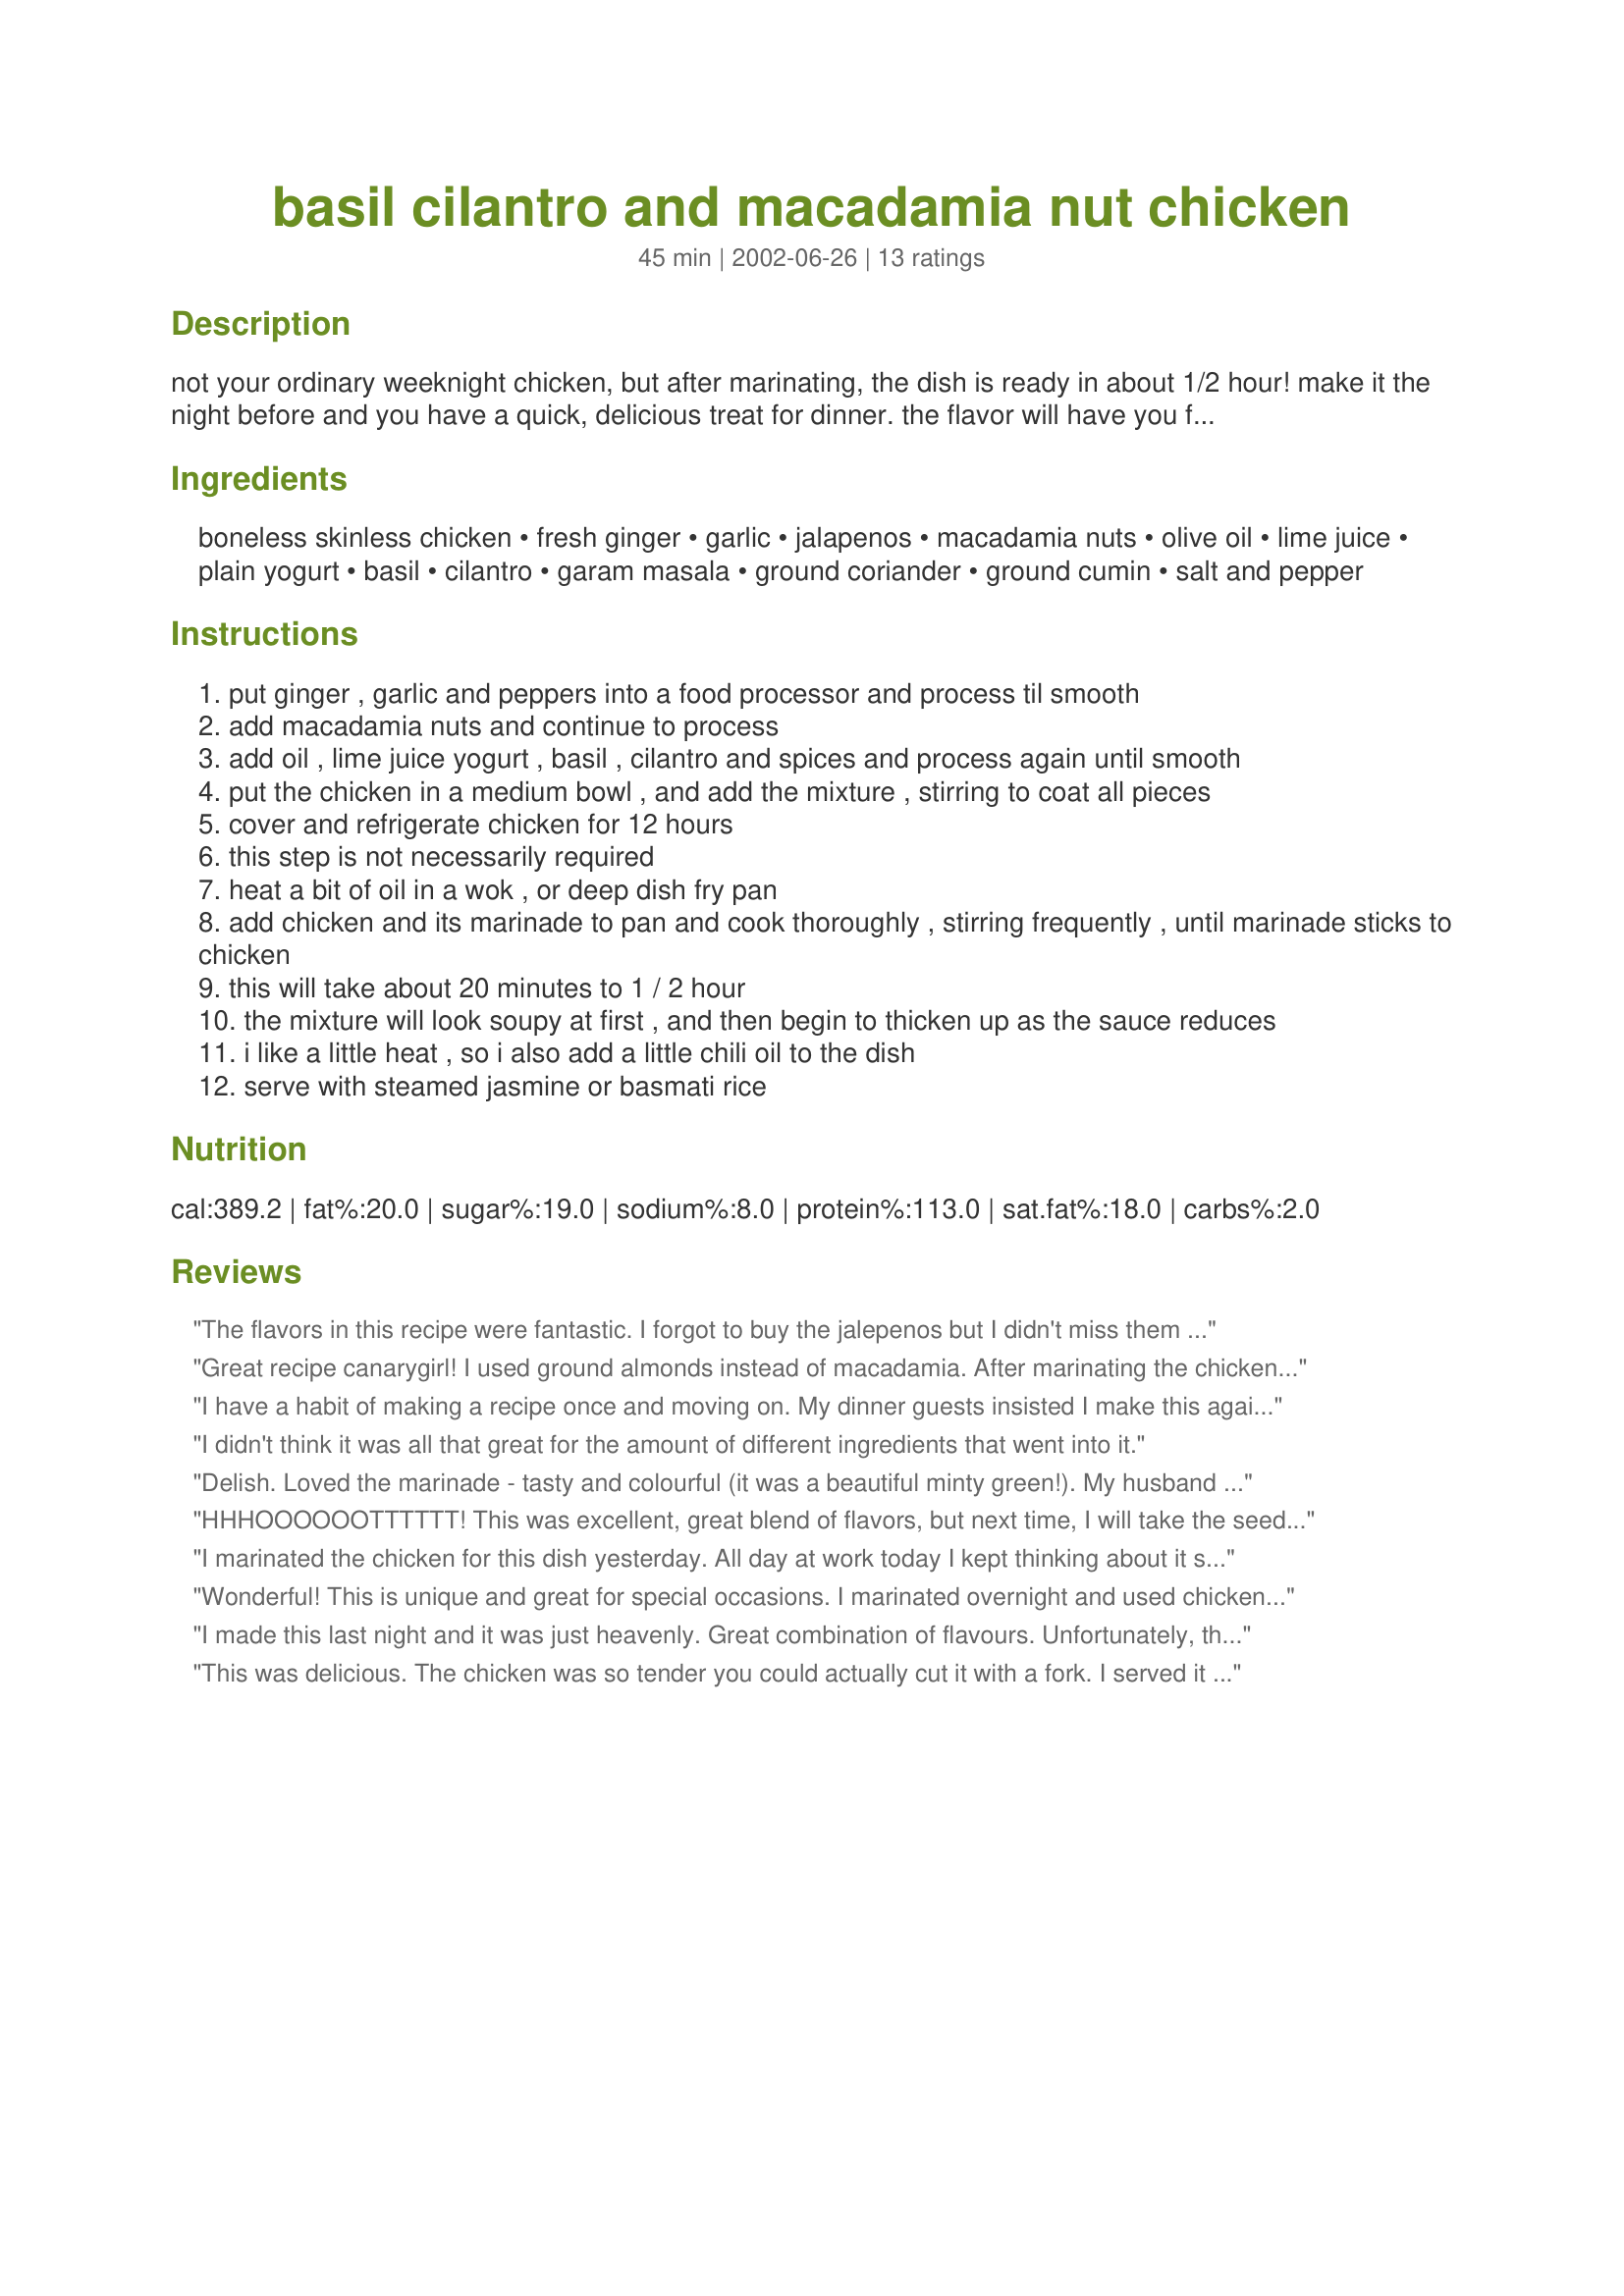
basil cilantro and macadamia nut chicken
Preparation time: 45 minutes

not your ordinary weeknight chicken, but after marinating, the dish is ready in about 1/2 hour! make it the night before and you have a quick, delicious treat for dinner. the flavor will have you filling your plate again and again.

Ingredients:
boneless skinless chicken, fresh ginger, garlic, jalapenos, macadamia nuts, olive oil, lime juice, plain yogurt, basil, cilantro, garam masala, ground coriander, ground cumin, salt and pepper

Steps:
put ginger , garlic and peppers into a food processor and process til smooth
add macadamia nuts and continue to process
add oil , lime juice yogurt , basil , cilantro and spices and process again until smooth
put the chicken in a medium bowl , and add the mixture , stirring to coat all pieces
cover and refrigerate chicken for 12 hours
this step is not necessarily required
heat a bit of oil in a wok , or deep dish fry pan
add chicken and its marinade to pan and cook thoroughly , stirring frequently , until marinade sticks to chicken
this will take about 20 minutes to 1 / 2 hour
the mixture will look soupy at first , and then begin to thicken up as the sauce reduces
i like a little heat , so i also add a little chili oil to the dish
serve with steamed jasmine or basmati rice

Reviews:
The flavors in this recipe were fantastic. I forgot to buy the jalepenos but I didn't miss them at all. I also substituted pistachios for the macadamias and it still turned out fabulous. It was easy to prepare and cook and the bold flavors were rich and delicious! I will definately make this one again!
Great recipe canarygirl! I used ground almonds instead of macadamia. After marinating the chicken for 8 hours, the meat was very flavorful. I added a few TBs of coconut milk right at the end of the cooking and it's really delicious! Thanks for the great recipe!
I have a habit of making a recipe once and moving on. My dinner guests insisted I make this again. My only problem was I added more chicken (3 lbs) and consequently had no "gravy" for the rice. Next time I will follow the recipe and perhaps hold some of the sauce out of the marinade to use at the very end.
I didn't think it was all that great for the amount of different ingredients that went into it.
Delish. Loved the marinade - tasty and colourful (it was a beautiful minty green!). My husband and I love Indian food, so this was a winner.

Next time, I plan to hold off a little on the spices. (The garam masala, coriander AND cumin were - for me - overkill since they are so similar). I prepped the dish the night before and it was great to just dump it in a pan and cook for a quick and yummy meal the next night.
HHHOOOOOOTTTTTT! This was excellent, great blend of flavors, but next time, I will take the seeds out of the jalepenos! It really was great, I recommend anyone who likes a little heat to try this meal. Thanks, Canarygirl!
I marinated the chicken for this dish yesterday. All day at work today I kept thinking about it sitting there waiting for me to cook it and I wasn't disappointed.
The herbs, yoghurt, lime, ginger, garlic etc. combine to make the tastiest sauce, and all in half an hour as canarygirl said. We can't buy Jalapenos, so I used Thai Birds Eye Cillies. Certainly worth trying-I will be again real soon.
Wonderful! This is unique and great for special occasions. I marinated overnight and used chicken breast cutlets. Consequently, I didn't have to cook them for very long (only about 10 minutes or so.) I served this with jasmine rice and garlic green beans. It was excellent! I did only use about 1 lb. of chicken, so I had plenty of extra sauce to pour over the rice. Thanks CG for this great recipe, and of course for all of your help!
I made this last night and it was just heavenly. Great combination of flavours. Unfortunately, the grocery store forgot to pack my fresh basil and cilantro, so I had to resort to dried herbs. I was only able to marinate the boneless skinless chicken breasts for about 4 hours or so, but that seemed to be fine. Despite the changes that I had to make, this recipe was awesome. I can't wait to make it again with the fresh herbs and the proper marinating time. Thanks Canarygirl.
This was delicious. The chicken was so tender you could actually cut it with a fork. I served it with basmati rice and Izzy Knight's Absurd Vegetable Gratin (which was also wonderful) and some nice rolls to sop up the awesome juice with. My guests did indeed keep going back for more. The only thing I realized is that I used 5 chicken breasts and there really was enough marinade for about 8 breasts. Yummy. Thanks for posting canarygirl!
What am I missing? I am sorry but the sauce is way too strong.I guess I just need it to be toned down. I liked the taste but it was just too strong.
AWE-SOME!! Oh wow, I can't get over how easy this was and the flavor was out of this world. I did as you recommended and made the marinade the night before so the chicken could marinate for 12 hours. The seasoning go well together and they are potent. Thanks canarygirl for putting a little spice in our lives.
This was very good and we will be eating this again. I couldn't quite understand what you meant by the marinade will stick to the chicken, but it sure did! I think it's easy and yummy. We kept a side of the sauce to use as dip (of course it wasn't the marinade from touching the chicken). Thanks for a keeper!
